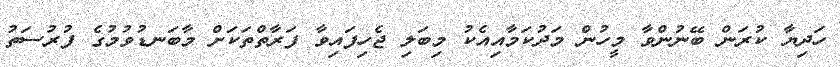
ހަދިޔާ ކުރަން ބޭނުންވާ މީހުން މަދުކަމާއިއެކު މިބަލި ޖެހިފައިވާ ފަރާތްތަކަށް މާބަނޑުވުމުގެ ފުރުސަތު